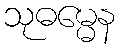
သုဓမ္မေန